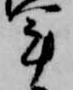
軍